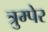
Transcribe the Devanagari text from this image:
त्रुम्पेर